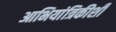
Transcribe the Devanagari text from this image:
आभियांत्रिकीशी